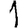
Digit: 1